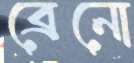
ব্রেনো